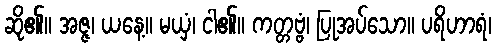
ဆို၏။ အဇ္ဇ၊ ယနေ့။ မယှံ၊ ငါ၏။ ကတ္တဗ္ဗံ၊ ပြုအပ်သော။ ပရိဟာရံ၊